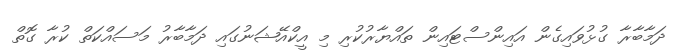
ދަމާބާރާ ގުޅުވައިގެން އައިންސްޓައިން ތައްޔާރުކުރި މި އީކްއޭޝަނުގައި ދަމާބާރު މަސައްކަތް ކުރާ ގޮތް